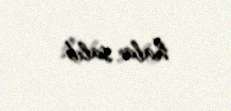
hala salıb.